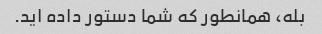
بله، همانطور که شما دستور داده اید.